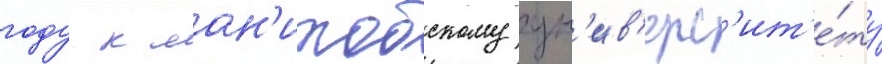
году к ман'итобскому ун'ив'ерс'ит'е́ту